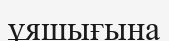
ұяшығына